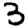
Digit: 3